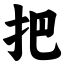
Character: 把